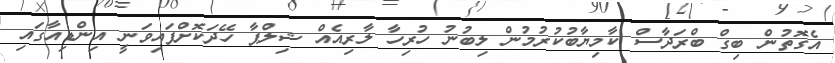
އެގޮތުން ބިގް ބްރަދާސް ކާމިޔާބުކުރުމުން ލިބުނު ހުރިހާ ލާރިއެއް ޝިލްޕާ ހޭދަކޮށްފައިވަނީ އިންޑިއާގައި